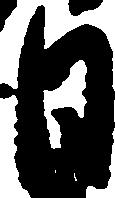
日